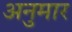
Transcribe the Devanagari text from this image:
अनुमार